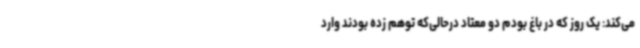
می‌کند: یک روز که در باغ بودم دو معتاد درحالی‌که توهم زده بودند وارد